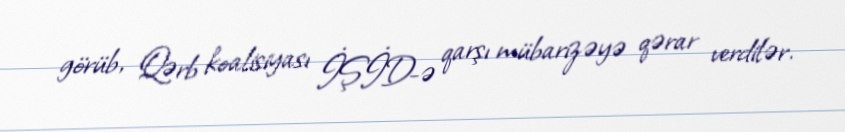
görüb, Qərb koalisiyası İŞİD-ə qarşı mübarizəyə qərar verdilər.